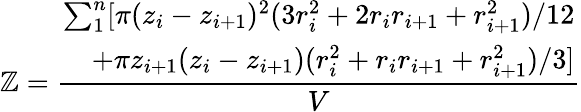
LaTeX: \mathbb{Z}=\frac{{\begin{array}{r}{\sum_{1}^{n}[\pi(z_{i}-z_{i+1})^{2}(3r_{i}^{2}+2r_{i}r_{i+1}+r_{i+1}^{2})/12}\\ {+\pi z_{i+1}(z_{i}-z_{i+1})(r_{i}^{2}+r_{i}r_{i+1}+r_{i+1}^{2})/3]}\end{array}}}{{V}}